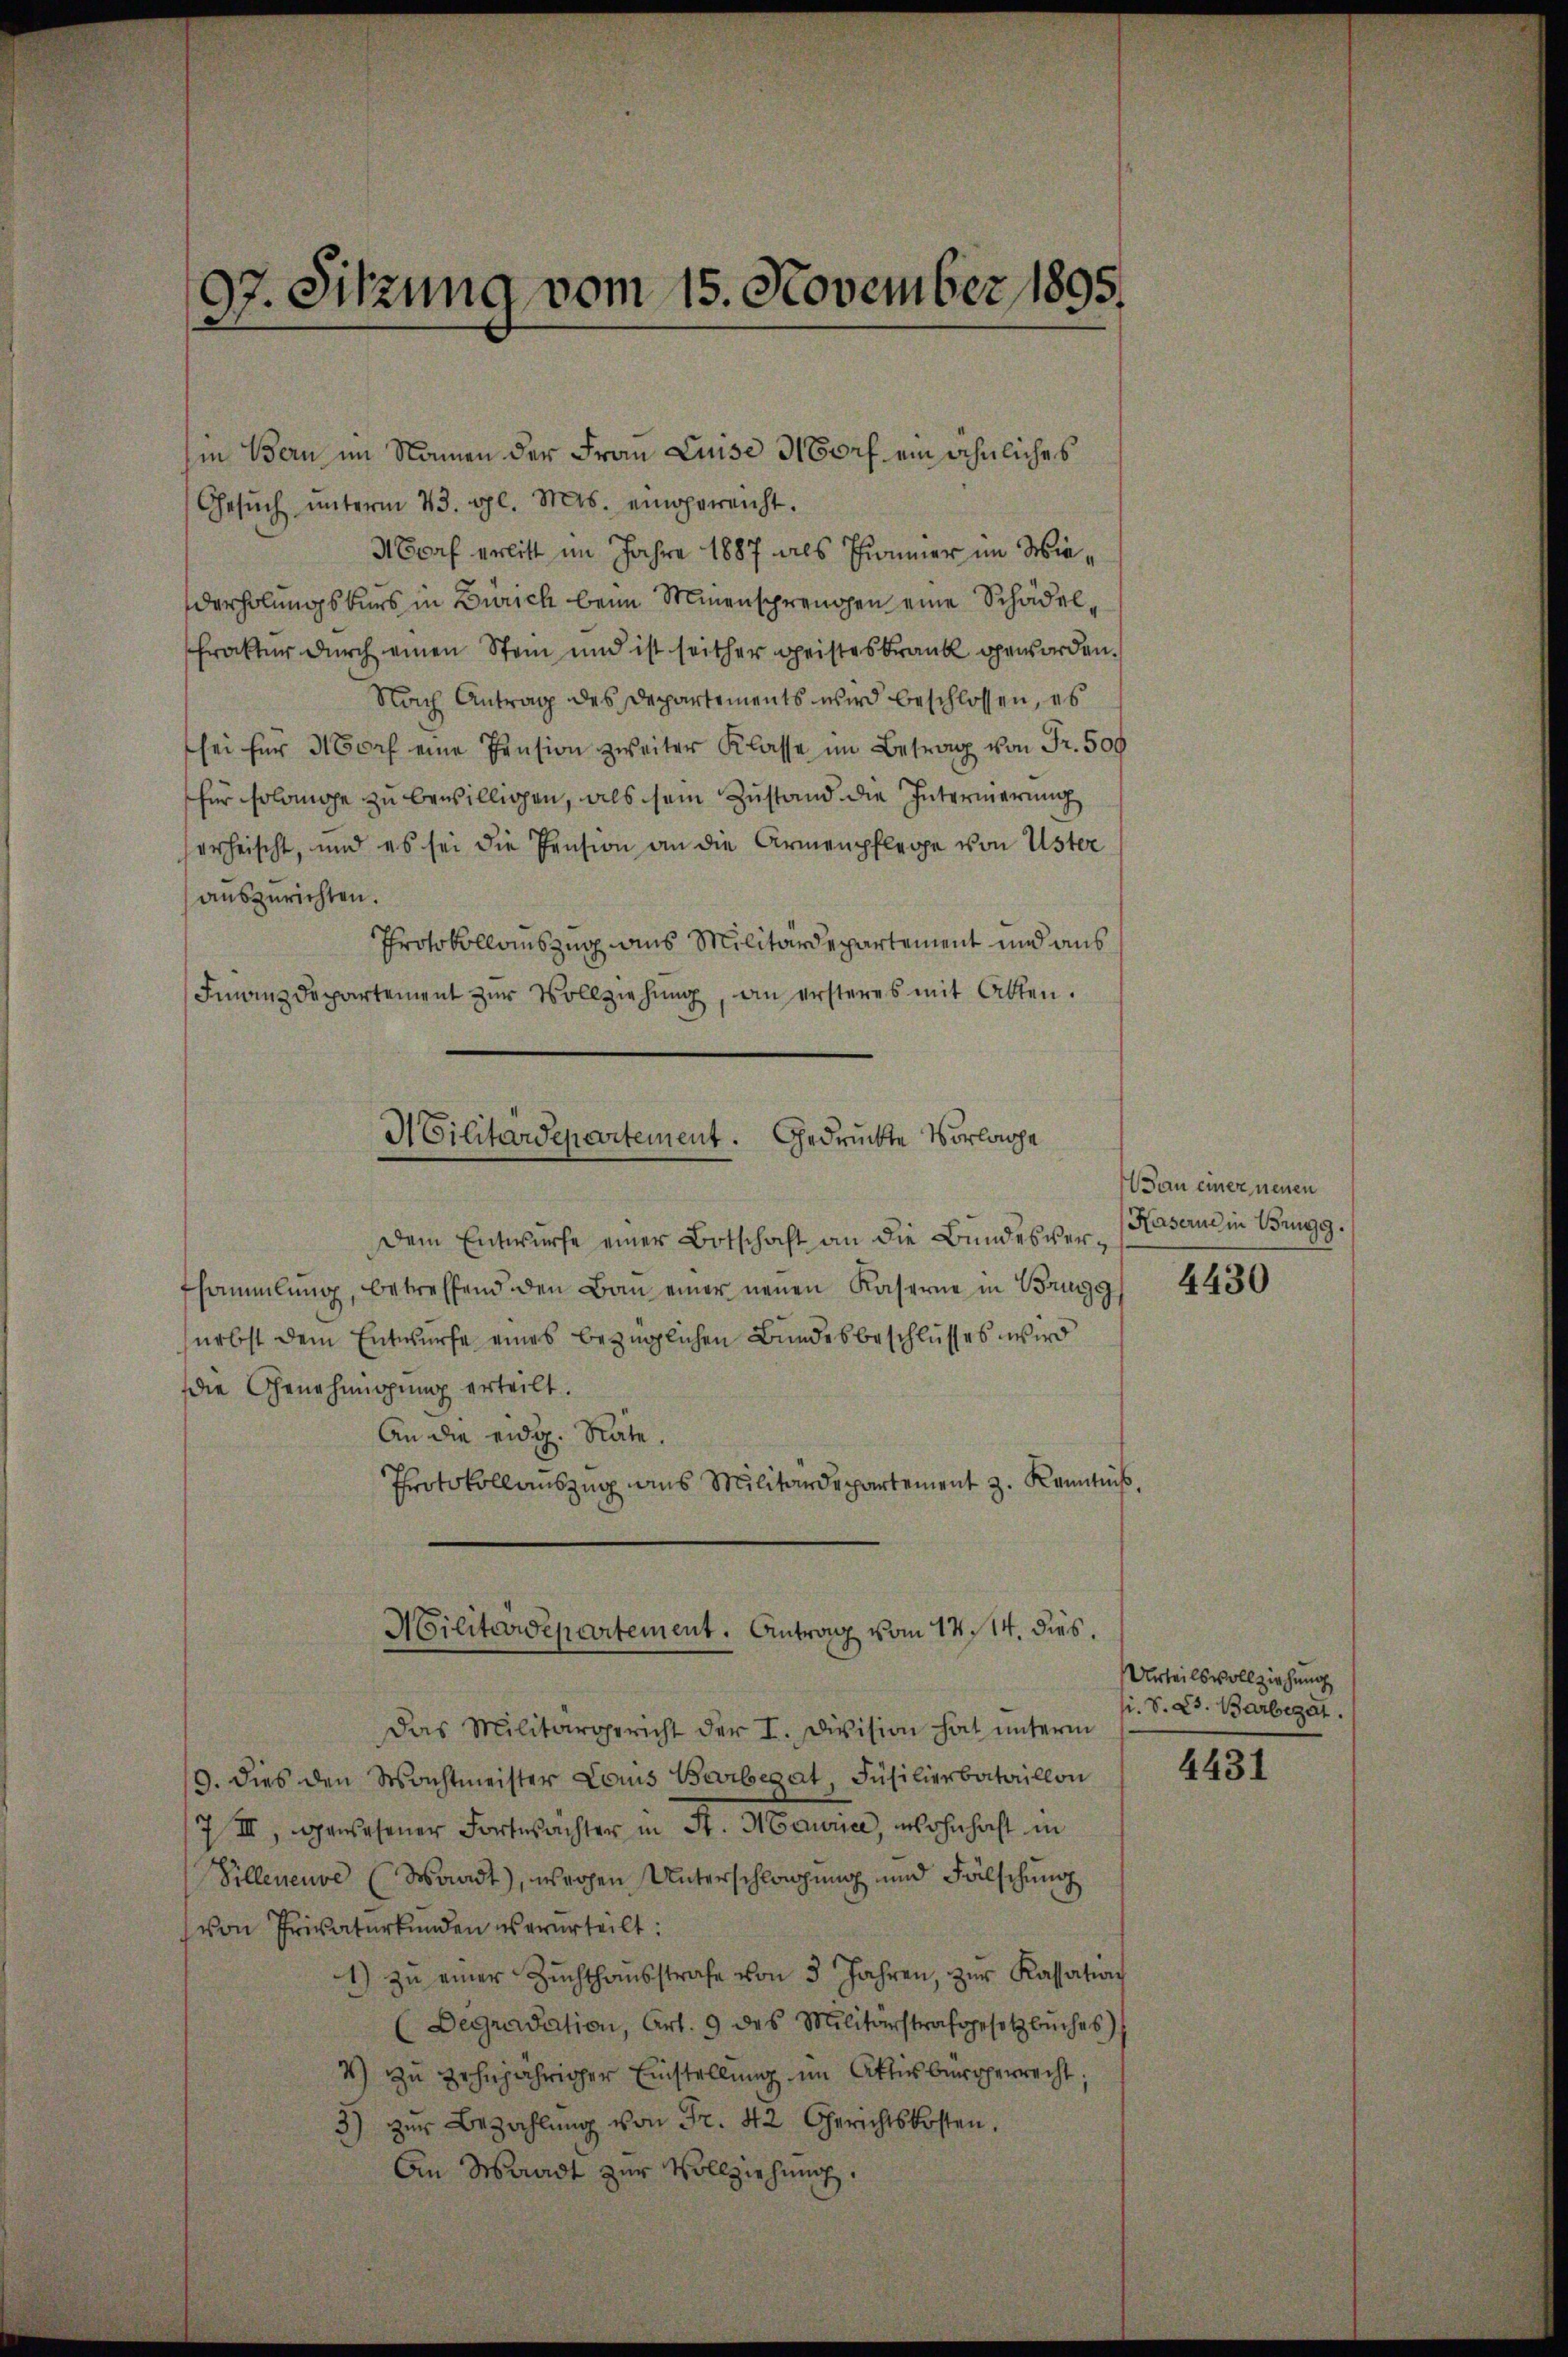
97. Sitzung vom 15. November 1895.
d

in Bern im Namen der Frau Luise Morf ein ähnliches
Gesŭch ŭnterm 23. gl. Mts. eingereicht.
Mraf erlitt im Jahre 1887 als Zimmer im Wiederholungskurs in Zürich beim Minensprengen eine Schädel¬
Prakter durch einen Stein und ist seither geisteskrank geworden.
Nach Antrag des Departements wird beschlossen, es
sei für Morf eine Pension zweiter Klasse im Betrag von Fr. 500
für solange zu bewilligen, als sein Zustand die Interierung
erheischt, und es sei die Pension an die Armenpflege von Uster
auszurichten.
Protokollauszug aus Militärdepartement und aus
Finanzdepartement zŭr Vollziehung, an ersteres mit Alten.
Militärdepartement. Gedrückte Vorlache
Dem Entwurfe einer Botschaft an die Bundesverfsammlung, betreffend den Bau einer neuen Kaserne in Brugg
nebst dem Entwurfe eines bezüglichen Bundesbeschlusses wird
die Genehmigung erteilt.
An die eidg. Rate.
Protokollauszug aus Militärdepartement z. Kenntniß

Militärdepartement. Antrag vom 14. 14. dies.

Villeneuve (Waadt), wegen Unterschlagung und Fälschung
von Privaturkunden verurteilt:
1) zŭ einer Zŭchthausstrafe von 3 Jahren, zŭr Kassation
(Degradation, Art. 9 des Militärstrafgesetzbuches
4) zu zehnjähriger Einstellung im Attisburgerrecht,
3) zŭr Bezahlŭng von Fr. 42 Gerichtskosten.
An Waadt zur Vollziehung.

Das Militärgericht der I. Division hat ŭnterm
19. Dies den Machtmeister Louis Beibegut, Füsilierbataillon
7 III, gewesener Fortwachter in St. Maurice, wohnhaft in

Bau einer neuen
Kaserne in Brugg.

4430

Urteilsvollziehung
si. S. Zs. Barbegät.

4431